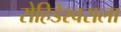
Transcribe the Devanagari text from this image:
रोहिडेश्वराला